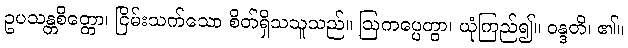
ဥပသန္တစိတ္တော၊ ငြိမ်းသက်သော စိတ်ရှိသသူသည်။ ဩကပ္ပေတွာ၊ ယုံကြည်၍။ ဝန္ဒတိ၊ ၏။